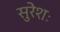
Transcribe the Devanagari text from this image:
सुरेशः